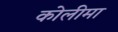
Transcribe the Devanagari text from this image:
कोलीमा